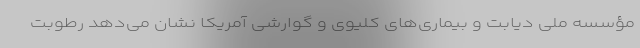
مؤسسه ملی دیابت و بیماری‌های کلیوی و گوارشی آمریکا نشان می‌دهد رطوبت